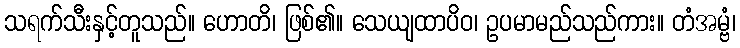
သရက်သီးနှင့်တူသည်။ ဟောတိ၊ ဖြစ်၏။ သေယျထာပိဝ၊ ဥပမာမည်သည်ကား။ တံအမ္ဗံ၊